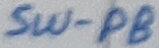
Text: SW-PB